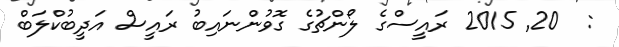
:  20